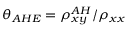
\theta _ { A H E } = \rho _ { x y } ^ { A H } / \rho _ { x x }